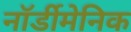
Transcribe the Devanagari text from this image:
नॉर्डीमेनिक